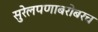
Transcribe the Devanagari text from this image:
सुरेलपणाबरोबरच